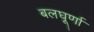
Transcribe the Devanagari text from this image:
बलघूर्णा